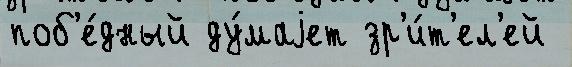
поб'е́дный ду́маjет зр'и́т'ел'ей